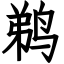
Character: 鹈